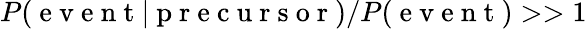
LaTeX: P(\mathrm{~e~v~e~n~t~}|\mathrm{~p~r~e~c~u~r~s~o~r~})/P(\mathrm{~e~v~e~n~t~})>>1